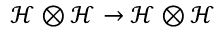
\mathcal { H } \otimes \mathcal { H } \rightarrow \mathcal { H } \otimes \mathcal { H }